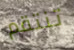
تنتقم